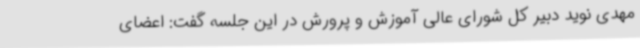
مهدی نوید دبیر کل شورای عالی آموزش و پرورش در این جلسه گفت: اعضای